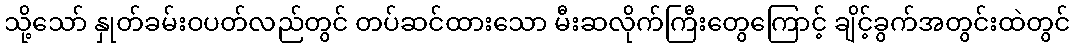
သို့သော် နှုတ်ခမ်းဝပတ်လည်တွင် တပ်ဆင်ထားသော မီးဆလိုက်ကြီးတွေကြောင့် ချိင့်ခွက်အတွင်းထဲတွင်